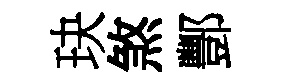
玦煞酆